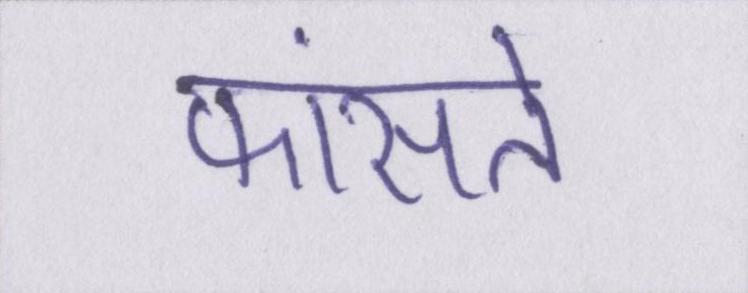
फांसते